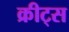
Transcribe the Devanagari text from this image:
क्रीट्स